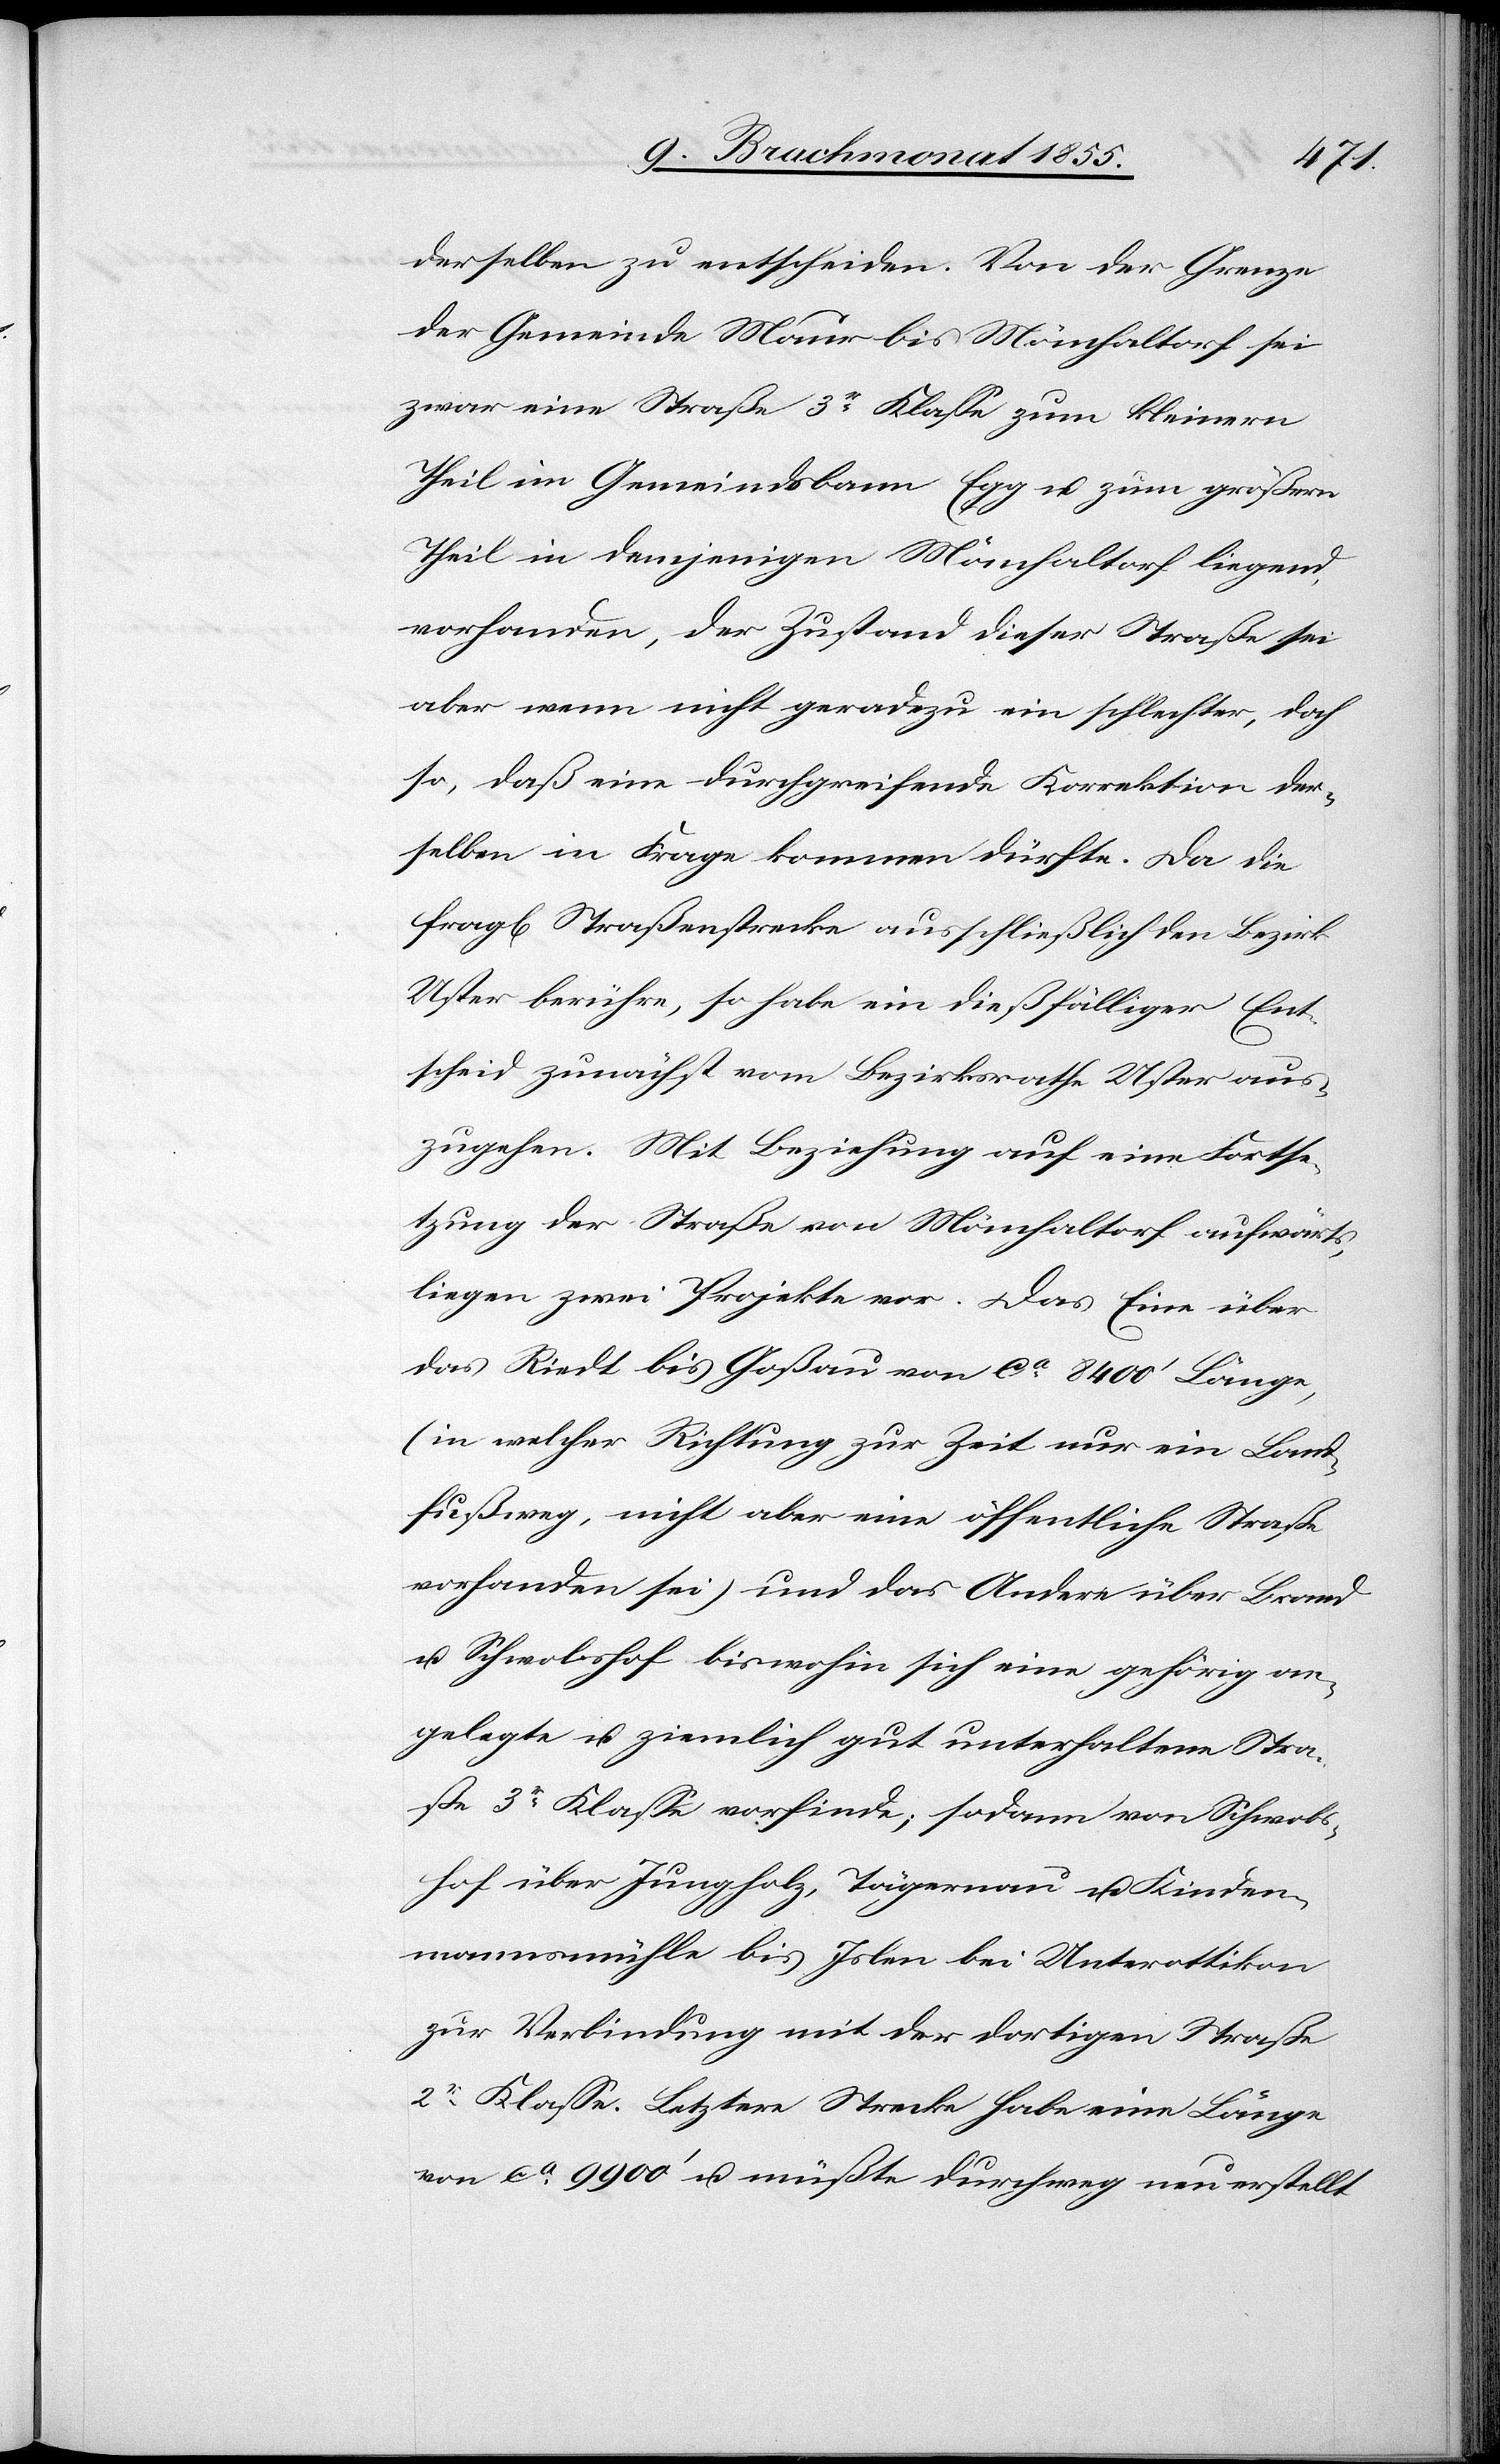
derselben zu entscheiden. Von der Grenze
der Gemeinde Maur bis Mönchaltorf sei
zwar eine Straße 3r Klasse zum kleinern
Theil im Gemeindsbann Egg u. zum größern
Theil in demjenigen Mönchaltorf liegend,
vorhanden, der Zustand dieser Straße sei
aber wenn nicht geradezu ein schlechter, doch
so, daß eine durchgreifende Korrektion der¬
selben in Frage kommen dürfte. Da die
fragl[iche] Straßenstrecke ausschließlich den Bezirk
Uster berühre, so habe ein dießfälliger Ent¬
scheid zunächst vom Bezirksrathe Uster aus¬
zugehen. Mit Beziehung auf eine Fortse¬
tzung der Straße von Mönchaltorf aufwärts,
liegen zwei Projekte vor. Das Eine über
das Riedt bis Goßau von ca 8400‘ Länge,
(in welcher Richtung zur Zeit nur ein Land¬
fußweg, nicht aber eine öffentliche Straße
vorhanden sei) und das Andere über Brand
u. Schwobshof biswohin sich eine gehörig an¬
gelegte u. ziemlich gut unterhaltene Stra¬
ße 3r Klasse vorfinde; sodann von Schwobs¬
hof über Jungholz, Tägernau u. Kinden¬
mannsmühle bis Islen bei Unterottikon
zur Verbindung mit der dortigen Straße
2r Klasse. Letztere Strecke habe eine Länge
von ca 9900‘ u. müßte durchweg neu erstellt